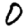
Digit: 0